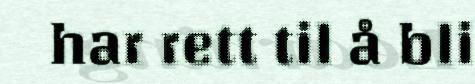
har rett til å bli